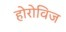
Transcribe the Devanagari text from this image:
होरोविज